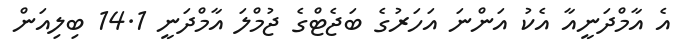
އެ އާމްދަނީއާ އެކު އަންނަ އަހަރުގެ ބަޖެޓްގެ ޖުމްލަ އާމްދަނީ 14.1 ބިލިއަން